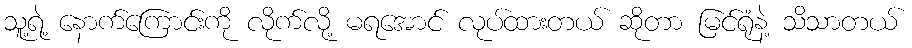
သူ့ရဲ့ နောက်ကြောင်းကို လိုက်လို့ မရအောင် လုပ်ထားတယ် ဆိုတာ မြင်ရုံနဲ့ သိသာတယ်